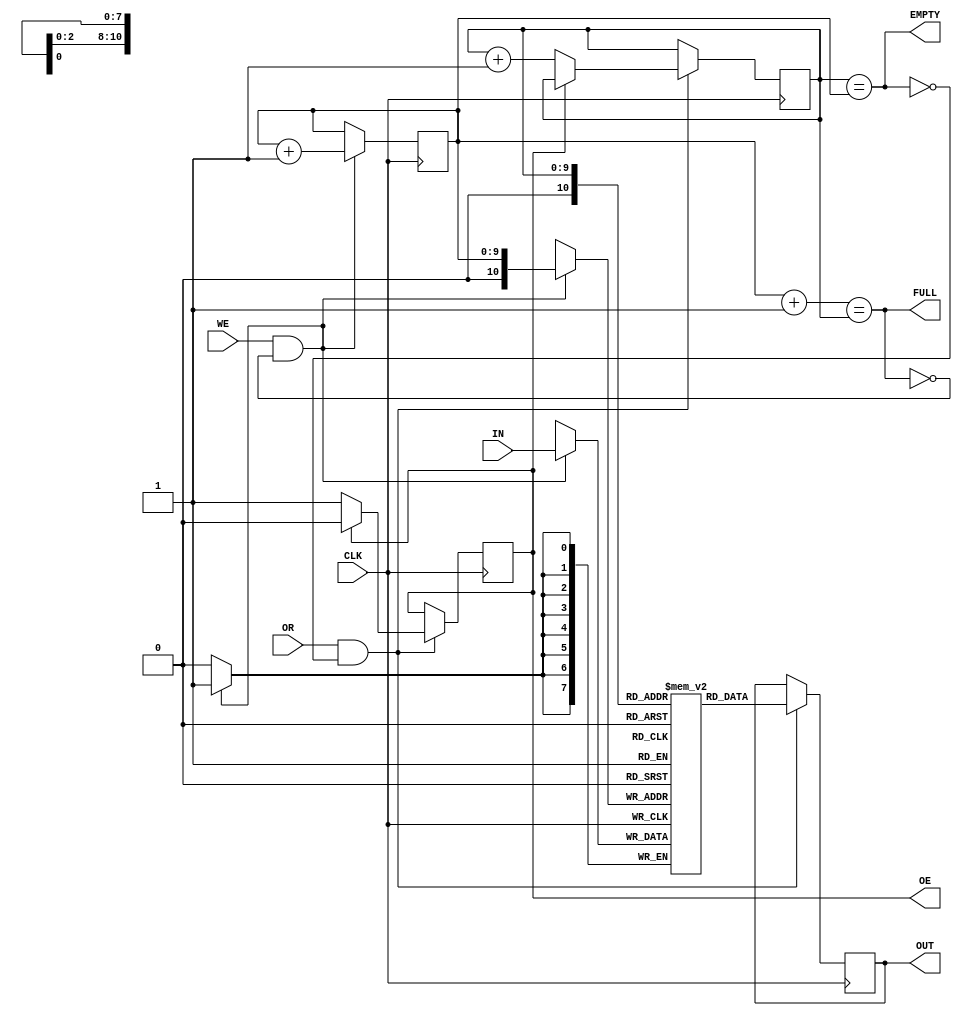
module txFifo(
	input CLK,
	input [7:0] IN,
	input WE,  // Write enable
	input OR,  // Output ready
	output reg OE, // Output enable
	output wire FULL,
	output wire EMPTY,
	output reg[7:0] OUT
);

parameter pSize = 10;

reg [7:0] memory [1 << pSize:0];
reg [pSize - 1:0] src = 0;
reg [pSize - 1:0] dst = 0;
//assign OE = 0;

assign FULL = (dst + 1 == src);
assign EMPTY = (src == dst);
//wire full 

always @ (posedge CLK) begin
	if (WE && !FULL) begin
		memory[dst] <= IN;
		dst <= dst + 10'b1;
	end
	
	if (OR && !EMPTY) begin
		OUT <= memory[src];
		if (OE) OE = 0;
		else begin
			src <= src + 10'b1;
			OE = 1;
		end
	end

end

endmodule